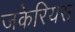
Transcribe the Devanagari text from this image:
जकेरियस